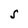
Character: S